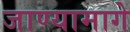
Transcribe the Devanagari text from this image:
जाण्यामागे